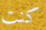
كنت